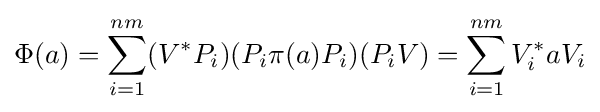
\Phi (a)=\sum _{i=1}^{nm}(V^{*}P_{i})(P_{i}\pi (a)P_{i})(P_{i}V)=\sum _{i=1}^{nm}V_{i}^{*}aV_{i}